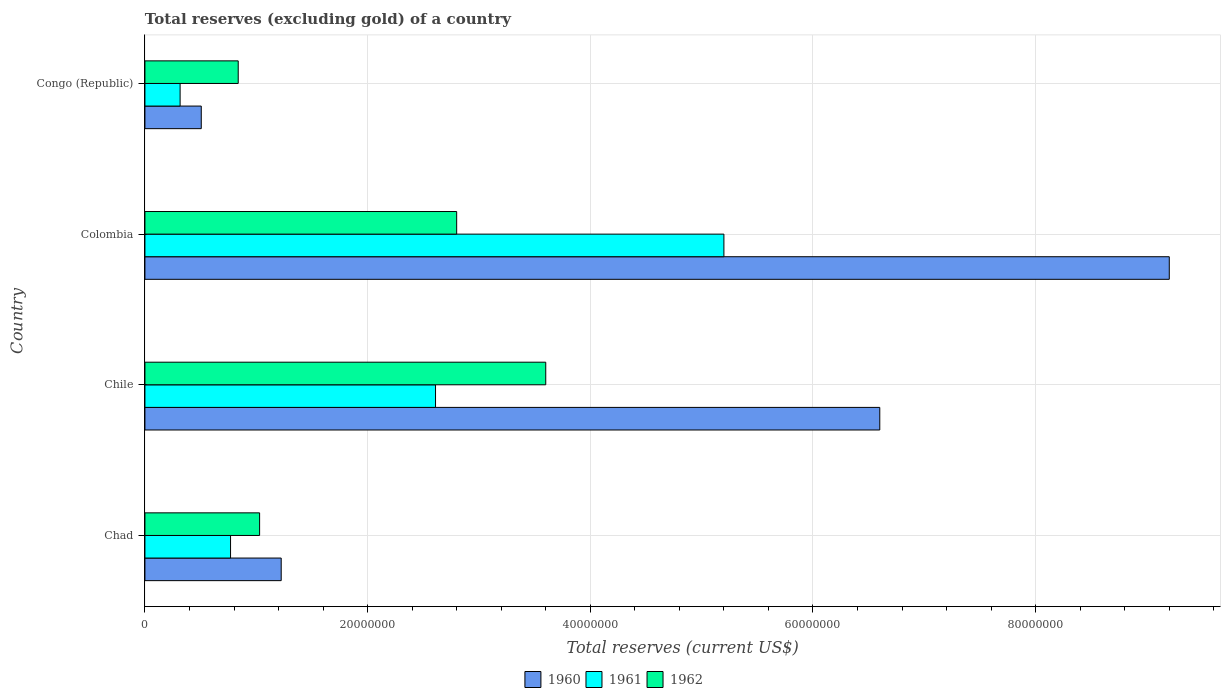
| Country | 1960 | 1961 | 1962 |
 | --- | --- | --- | --- |
 | Chad | 1.22e+07 | 7.69e+06 | 1.03e+07 |
 | Chile | 6.6e+07 | 2.61e+07 | 3.6e+07 |
 | Colombia | 9.2e+07 | 5.2e+07 | 2.8e+07 |
 | Congo (Republic) | 5.06e+06 | 3.16e+06 | 8.38e+06 |